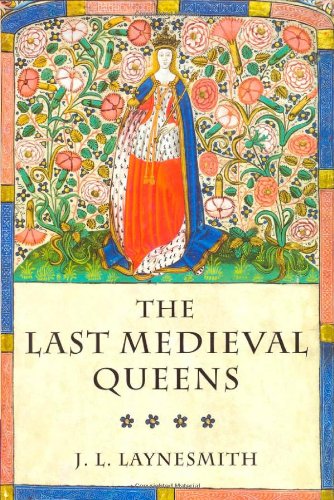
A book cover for The Last Medieval Queens: English Queenship 1445-1503; J. L. Laynesmith; Science & Math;